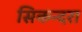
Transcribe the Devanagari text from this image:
सिकन्‍दरा